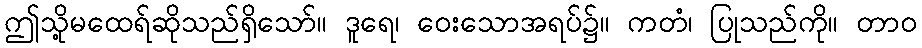
ဤသို့မထေရ်ဆိုသည်ရှိသော်။ ဒူရေ၊ ဝေးသောအရပ်၌။ ကတံ၊ ပြုသည်ကို။ တာဝ